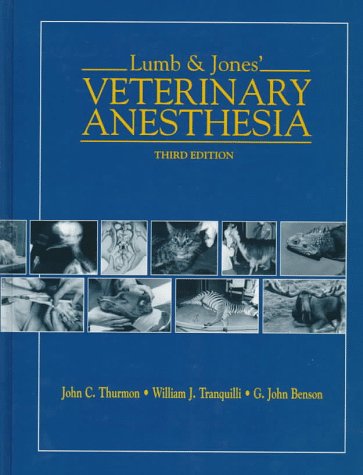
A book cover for Lumb & Jones Veterinary Anesthesia; John C. Thurmon; Medical Books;